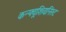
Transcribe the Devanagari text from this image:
कन्फ्यूशियनिस्ट